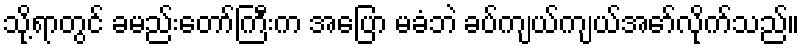
သို့ရာတွင် ခမည်းတော်ကြီးက အပြော မခံဘဲ ခပ်ကျယ်ကျယ်အော်လိုက်သည်။